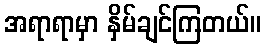
အရာရာမှာ နှိမ်ချင်ကြတယ်။